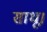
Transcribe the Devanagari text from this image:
साधू।